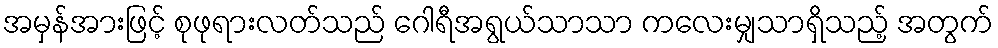
အမှန်အားဖြင့် စုဖုရားလတ်သည် ဂေါရီအရွယ်သာသာ ကလေးမျှသာရှိသည့် အတွက်